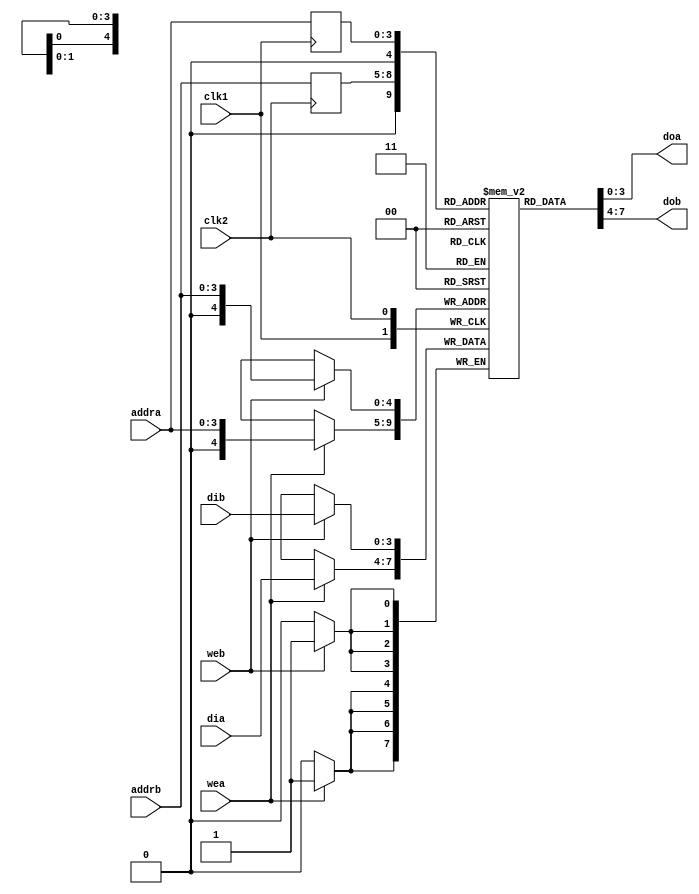
module raminfr
(clk1,clk2, wea, addra, addrb, dia,dib,web, doa, dob);

input clk1;
input clk2;
input wea;
input web;
input [3:0] addra;
input [3:0] addrb;
input [3:0] dia;
input [3:0] dib;
output [3:0] doa;
output [3:0] dob;
reg [3:0] ram [31:0];
reg [3:0] read_addra;
reg [3:0] read_addrb;
always@(posedge clk1) begin
    if (wea) begin
        ram[addra] <= dia;
    end
    read_addra <= addra;
end
always @(posedge clk2) begin
    if (web) begin
        ram[addrb] <= dib;
    end
    read_addrb <= addrb;
end
assign dob = ram[read_addrb];
assign doa = ram[read_addra];
endmodule